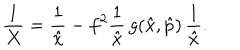
LaTeX: \frac { 1 } { X } = \frac { 1 } { \hat { x } } - f ^ { 2 } \frac { 1 } { \hat { x } } \, g ( \hat { x } , \hat { p } ) \, \frac { 1 } { \hat { x } } .